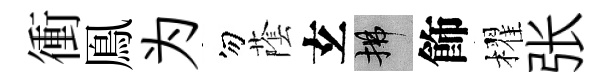
衝鳯为勿䕃𤣥拂飾櫂张